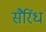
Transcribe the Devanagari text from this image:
सैरिंध